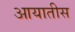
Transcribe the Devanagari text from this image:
आयातीस